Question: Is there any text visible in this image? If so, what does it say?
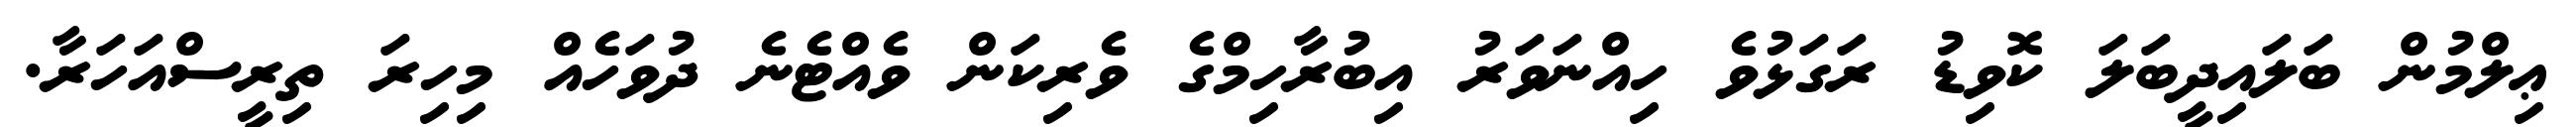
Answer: ޢިލްމުން ބަލައިދީބަލަ ކޮވިޑު ރަގަޅުވެ ހިއްނަވަރު އިބުރާހިމްގެ ވެރިކަން ވެއްޓެނެ ދުވަހެއް މިހިރަ ތިރީސްއަހަރާ.